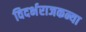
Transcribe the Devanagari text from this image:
विदर्भराजकन्या